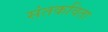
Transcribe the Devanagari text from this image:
संतकविता